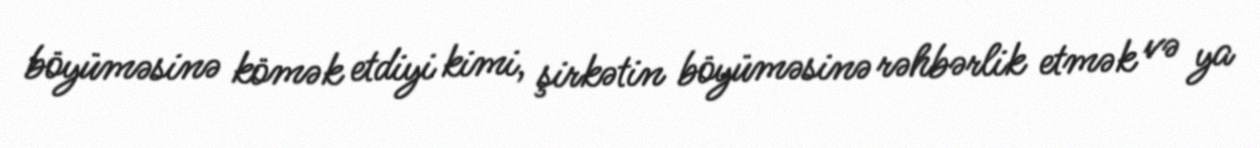
böyüməsinə kömək etdiyi kimi, şirkətin böyüməsinə rəhbərlik etmək və ya